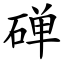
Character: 䃅